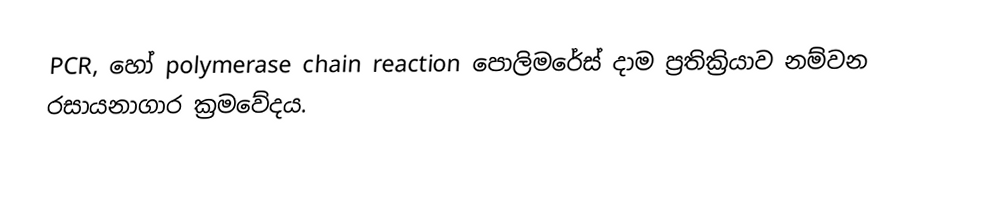
PCR, හෝ polymerase chain reaction පොලිමරේස්‌ දාම ප්‍රතික්‍රියාව නම්වන රසායනාගාර ක්‍රමවේදය.